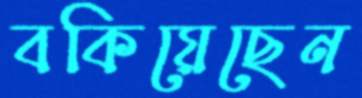
বকিয়েছেন